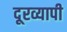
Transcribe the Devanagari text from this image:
दूरव्यापी